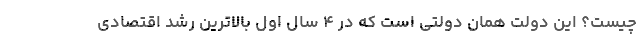
چیست؟ این دولت همان دولتی است که در ۴ سال اول بالاترین رشد اقتصادی